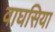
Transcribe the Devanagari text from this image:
वाघसिया